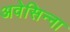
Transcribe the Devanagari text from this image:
अवेसिन्ना